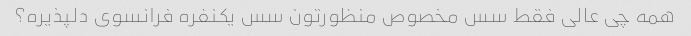
همه چی عالی فقط سس مخصوص منظورتون سس یکنفره فرانسوی دلپذیره؟